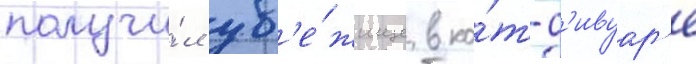
получи́л уб'е́жище в ко́т-д'ивуар'е